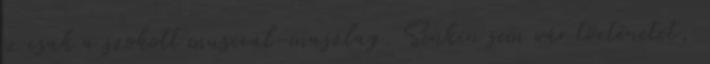
ez csak a szokott musical-maszlag. Senkin sem vár történetet,